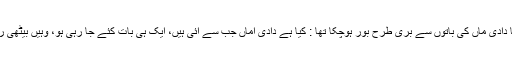
ـ پوتا دادی ماں کی باتوں سے بری طرح بور ہوچکا تھا : کیا ہے دادی اماں جب سے آئی ہیں، ایک ہی بات کئے جا رہی ہو، وہیں بیٹھی رہتیں۔